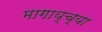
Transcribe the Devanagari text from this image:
मागाय्च्या